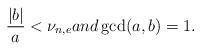
LaTeX: \begin{align*}\frac{|b|}{a}<\nu_{n,e}and \gcd(a,b)=1.\end{align*}